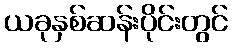
ယခုနှစ်ဆန်းပိုင်းတွင်